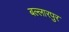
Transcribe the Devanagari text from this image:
बल्लारपुर